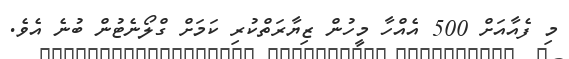
މި ފެއާއަށް 500 އެއްހާ މީހުން ޒިޔާރަތްކުރި ކަމަށް ގްލޯނެޓުން ބުނެ އެވެ.